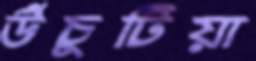
উঁচুটিয়া